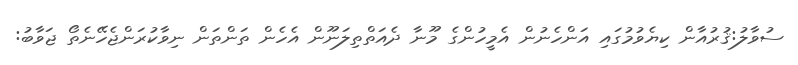
ސުވާލު:ޤުރުއާން ކިޔެވުމުގައި އަންހެނުން އެމީހުންގެ މޫނާ ދެއަތްތިލަނޫން އެހެން ތަންތަން ނިވާކުރަންޖެހޭނެތޯ ޖަވާބު: